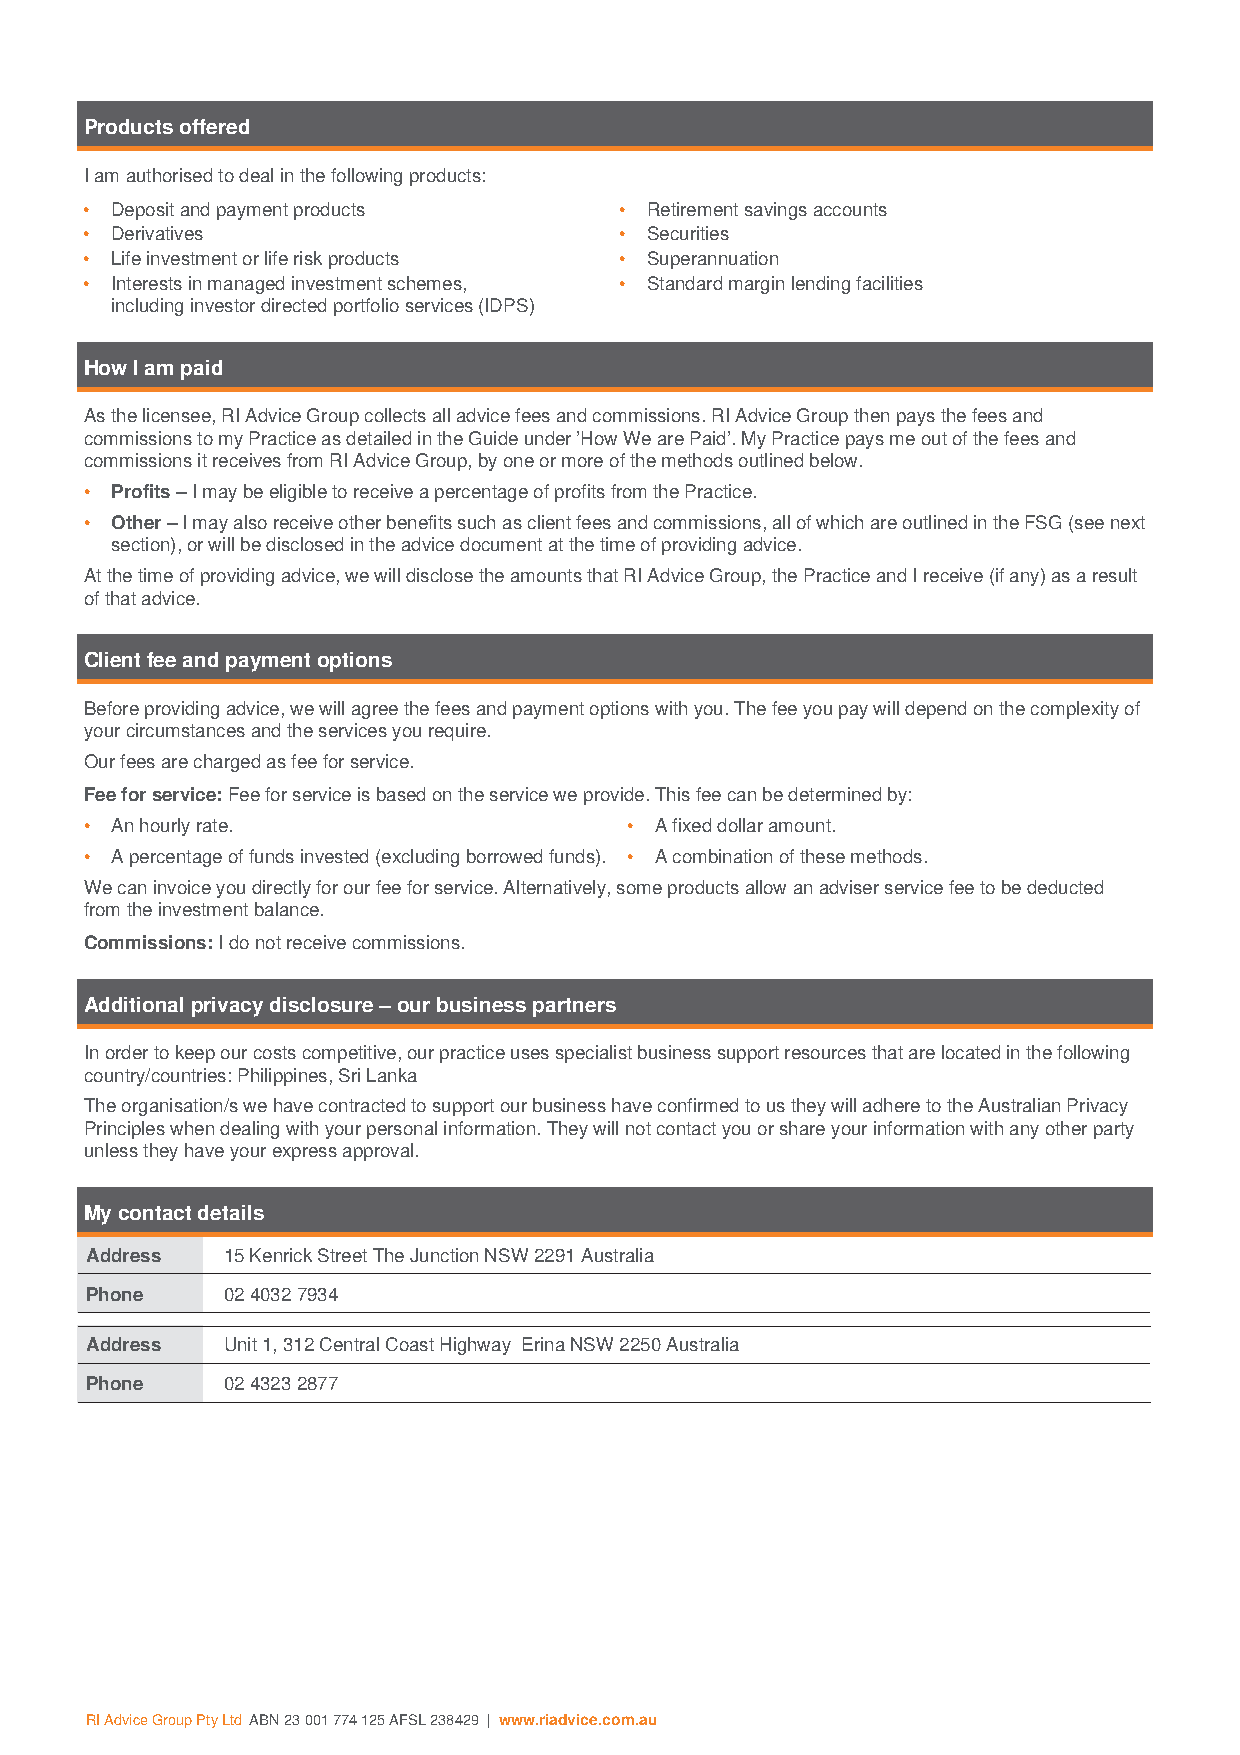
Products offered
 I am authorised to deal in the following products:
 • Deposit and payment products     • Retirement savings accounts
 • Derivatives                      • Securities
 • Life investment or life risk products • Superannuation
 • Interests in managed investment schemes, • Standard margin lending facilities
 including investor directed portfolio services (IDPS)
 How I am paid
 As the licensee, RI Advice Group collects all advice fees and commissions. RI Advice Group then pays the fees and
 commissions to my Practice as detailed in the Guide under ’How We are Paid’. My Practice pays me out of the fees and
 commissions it receives from RI Advice Group, by one or more of the methods outlined below.
 • Profits – I may be eligible to receive a percentage of profits from the Practice.
 • Other – I may also receive other benefits such as client fees and commissions, all of which are outlined in the FSG (see next
 section), or will be disclosed in the advice document at the time of providing advice.
 At the time of providing advice, we will disclose the amounts that RI Advice Group, the Practice and I receive (if any) as a result
 of that advice.
 Client fee and payment options
 Before providing advice, we will agree the fees and payment options with you. The fee you pay will depend on the complexity of
 your circumstances and the services you require.
 Our fees are charged as fee for service.
 Fee for service: Fee for service is based on the service we provide. This fee can be determined by:
 • An hourly rate.                   • A fixed dollar amount.
 • A percentage of funds invested (excluding borrowed funds). • A combination of these methods.
 We can invoice you directly for our fee for service. Alternatively, some products allow an adviser service fee to be deducted
 from the investment balance.
 Commissions: I do not receive commissions.
 Additional privacy disclosure – our business partners
 In order to keep our costs competitive, our practice uses specialist business support resources that are located in the following
 country/countries: Philippines, Sri Lanka
 The organisation/s we have contracted to support our business have confirmed to us they will adhere to the Australian Privacy
 Principles when dealing with your personal information. They will not contact you or share your information with any other party
 unless they have your express approval.
 My contact details
 Address  15 Kenrick Street The Junction NSW 2291 Australia
 Phone    02 4032 7934
 Address  Unit 1, 312 Central Coast Highway Erina NSW 2250 Australia
 Phone    02 4323 2877
 RI Advice Group Pty Ltd ABN 23 001 774 125 AFSL 238429 | www.riadvice.com.au